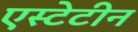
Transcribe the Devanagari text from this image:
एस्टेटीन